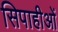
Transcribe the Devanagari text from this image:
सिपाहीओं